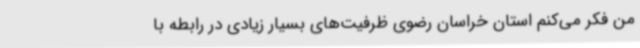
من فکر می‌کنم استان خراسان رضوی ظرفیت‌های بسیار زیادی در رابطه با